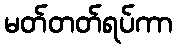
မတ်တတ်ရပ်ကာ